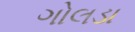
ગોલડા